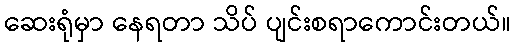
ဆေးရုံမှာ နေရတာ သိပ် ပျင်းစရာကောင်းတယ်။